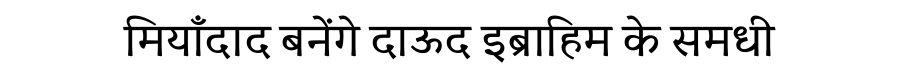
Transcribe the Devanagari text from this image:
मियाँदाद बनेंगे दाऊद इब्राहिम के समधी